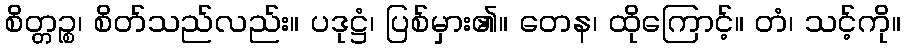
စိတ္တဉ္စ၊ စိတ်သည်လည်း။ ပဒုဋ္ဌံ၊ ပြစ်မှား၏။ တေန၊ ထိုကြောင့်။ တံ၊ သင့်ကို။